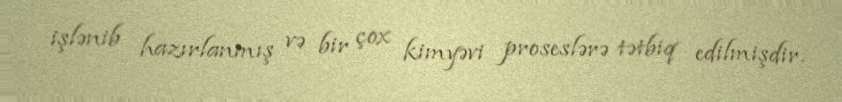
işlənib hazırlanmış və bir çox kimyəvi proseslərə tətbiq edilmişdir.